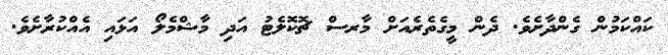
ކައްކަމުން ގެންދާށެވެ. ދެން މީގެތެރެއަށް މާރސް ޗޮކޮލެޓު އަދި މާޝްމެލޯ އަޅައި އެއްކުރާށެވެ.